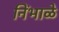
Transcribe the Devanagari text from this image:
निंभाळे